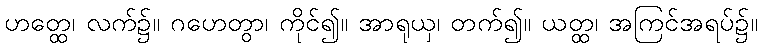
ဟတ္ထေ၊ လက်၌။ ဂဟေတွာ၊ ကိုင်၍။ အာရုယှ၊ တက်၍။ ယတ္ထ၊ အကြင်အရပ်၌။